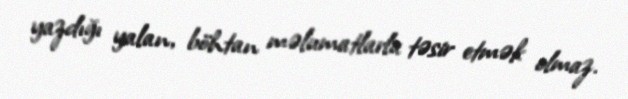
yazdığı yalan, böhtan məlumatlarla təsir etmək olmaz.